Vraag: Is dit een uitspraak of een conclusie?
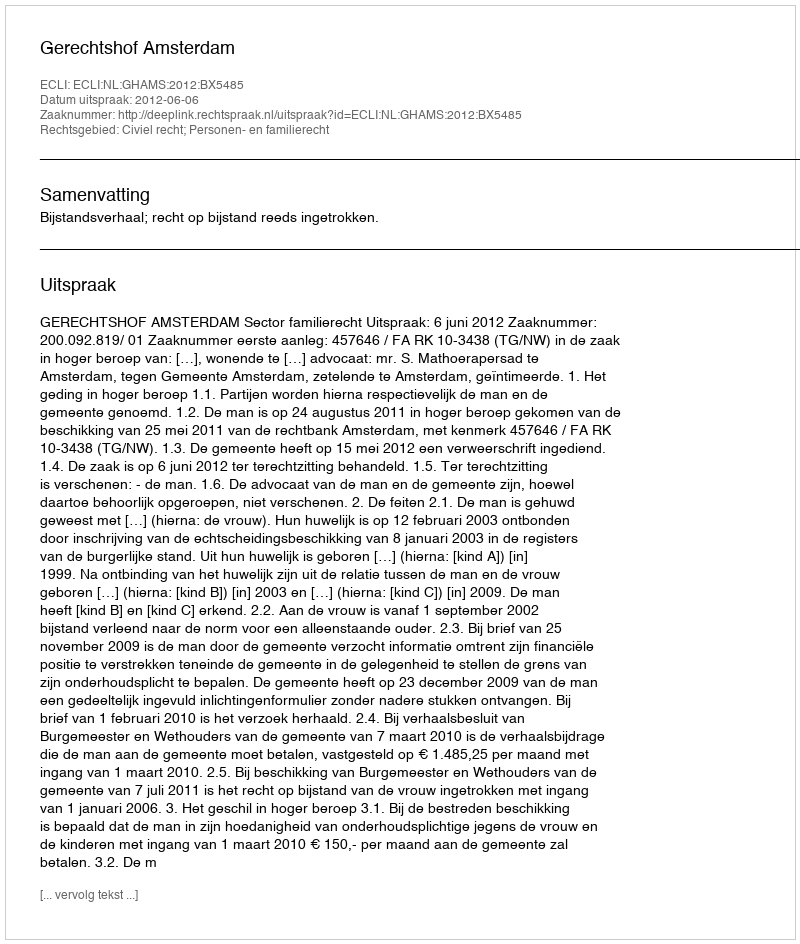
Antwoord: Uitspraak